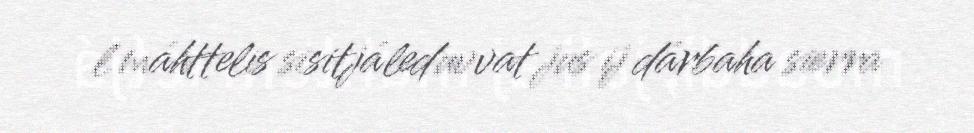
l máhttelis sisitjáleduvvat jus ij dárbaha sierra